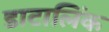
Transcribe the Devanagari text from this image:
डाटालिंक